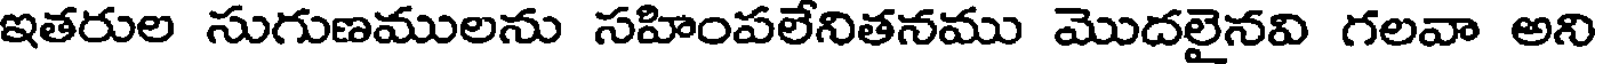
ఇతరుల సుగుణములను సహింపలేనితనము మొదలైనవి గలవా అని